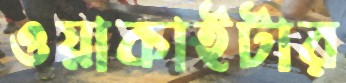
ওয়াকাইটার